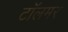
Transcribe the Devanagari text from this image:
टॉलमर